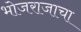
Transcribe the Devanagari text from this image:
भोजराजाचा